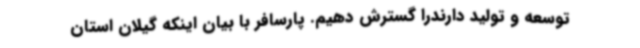
توسعه و تولید دارندرا گسترش دهیم. پارسافر با بیان اینکه گیلان استان